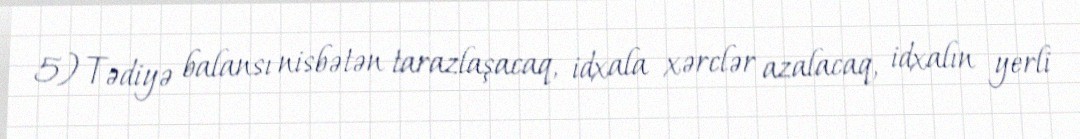
5) Tədiyə balansı nisbətən tarazlaşacaq, idxala xərclər azalacaq, idxalın yerli